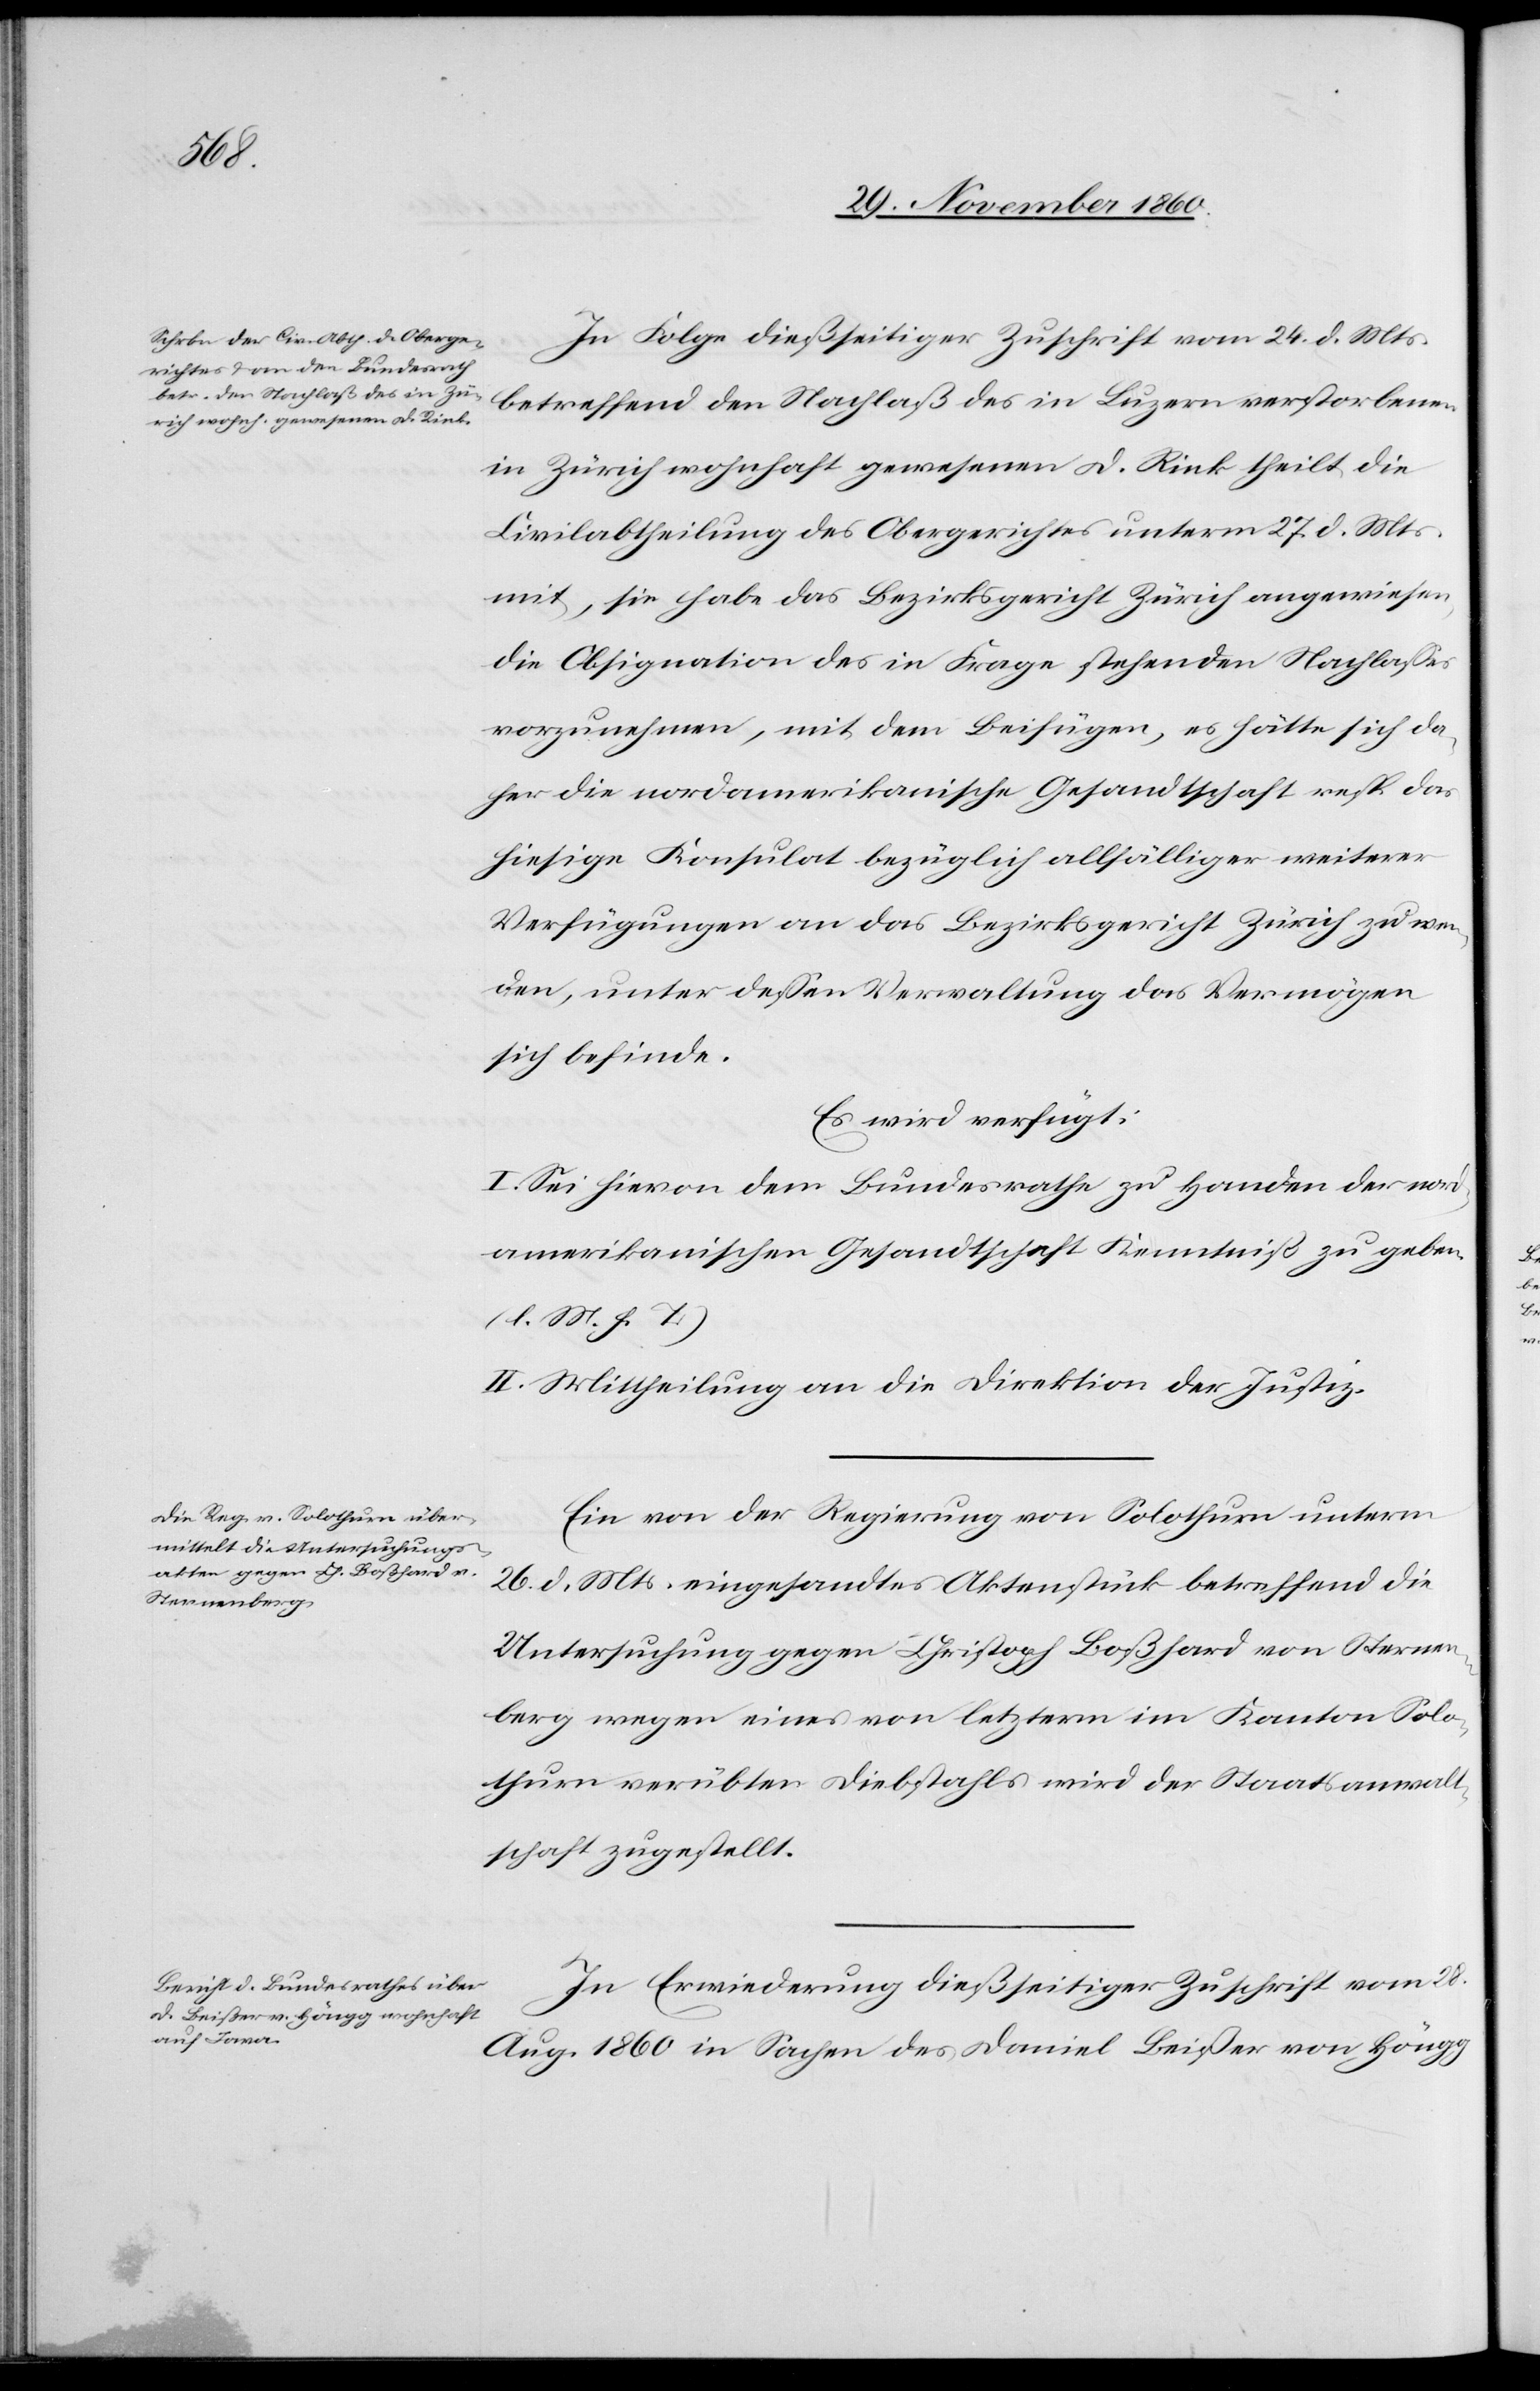
den

30. November 1860.]
In Folge dießseitiger Zuschrift vom 24. d. Mts.
betreffend den Nachlaß des in Luzern verstorbenen
in Zürich wohnhaft gewesenen D. Rink theilt die
Civilabtheilung des Obergerichtes unterm 27. d. Mts.
mit, sie habe das Bezirksgericht Zürich angewiesen,
die Obsignation des in Frage stehenden Nachlasses
vorzunehmen, mit dem Beifügen, es hätte sich da¬
her die nordamerikanische Gesandtschaft resp. das
hiesige Konsulat bezüglich allfälliger weiterer
Verfügungen an das Bezirksgericht Zürich zu wen¬
den, unter dessen Verwaltung das Vermögen
sich befinde.
Es wird verfügt:
I. Sei hievon dem Bundesrathe zu Handen der nord¬
amerikanischen Gesandtschaft Kenntniß zu geben.
(l. M. h. T.)
II. Mittheilung an die Direktion der Justiz.
Ein von der Regierung von Solothurn unterm
26. d. Mts. eingesandtes Aktenstück betreffend die
Untersuchung gegen Christoph Boßhard von Sternen¬
berg wegen eines von letzterm im Kanton Solo¬
thurn verübten Diebstahls wird der Staatsanwalt¬
schaft zugestellt.
In Erwiederung dießseitiger Zuschrift vom 28.
Aug. 1860 in Sachen des Daniel Beißer von Höngg